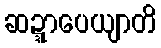
ဆဍ္ဍာပေယျာတိ